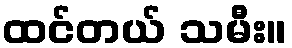
ထင်တယ် သမီး။